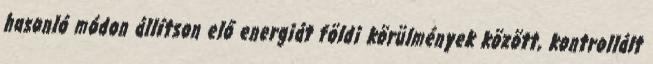
hasonló módon állítson elő energiát földi körülmények között, kontrollált